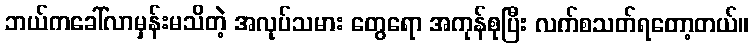
ဘယ်ကခေါ်လာမှန်းမသိတဲ့ အလုပ်သမား တွေရော အကုန်စုပြီး လက်စသတ်ရတော့တယ်။